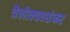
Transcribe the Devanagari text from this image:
त्रैलोक्यवशंकर